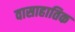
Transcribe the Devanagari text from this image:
वासाहातिक